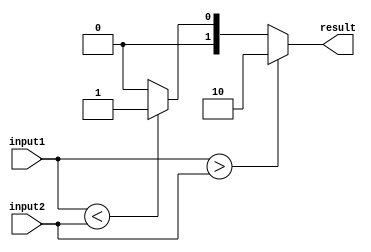
module comparator_64bit (
    input [63:0] input1,
    input [63:0] input2,
    output reg [1:0] result
);

always @* begin
    if (input1 > input2) begin
        result = 2'b10; // Greater than
    end else if (input1 < input2) begin
        result = 2'b01; // Less than
    end else begin
        result = 2'b00; // Equal
    end
end

endmodule